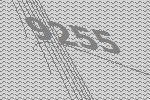
9255